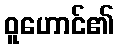
ဝူဟောင်၏